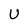
Character: U